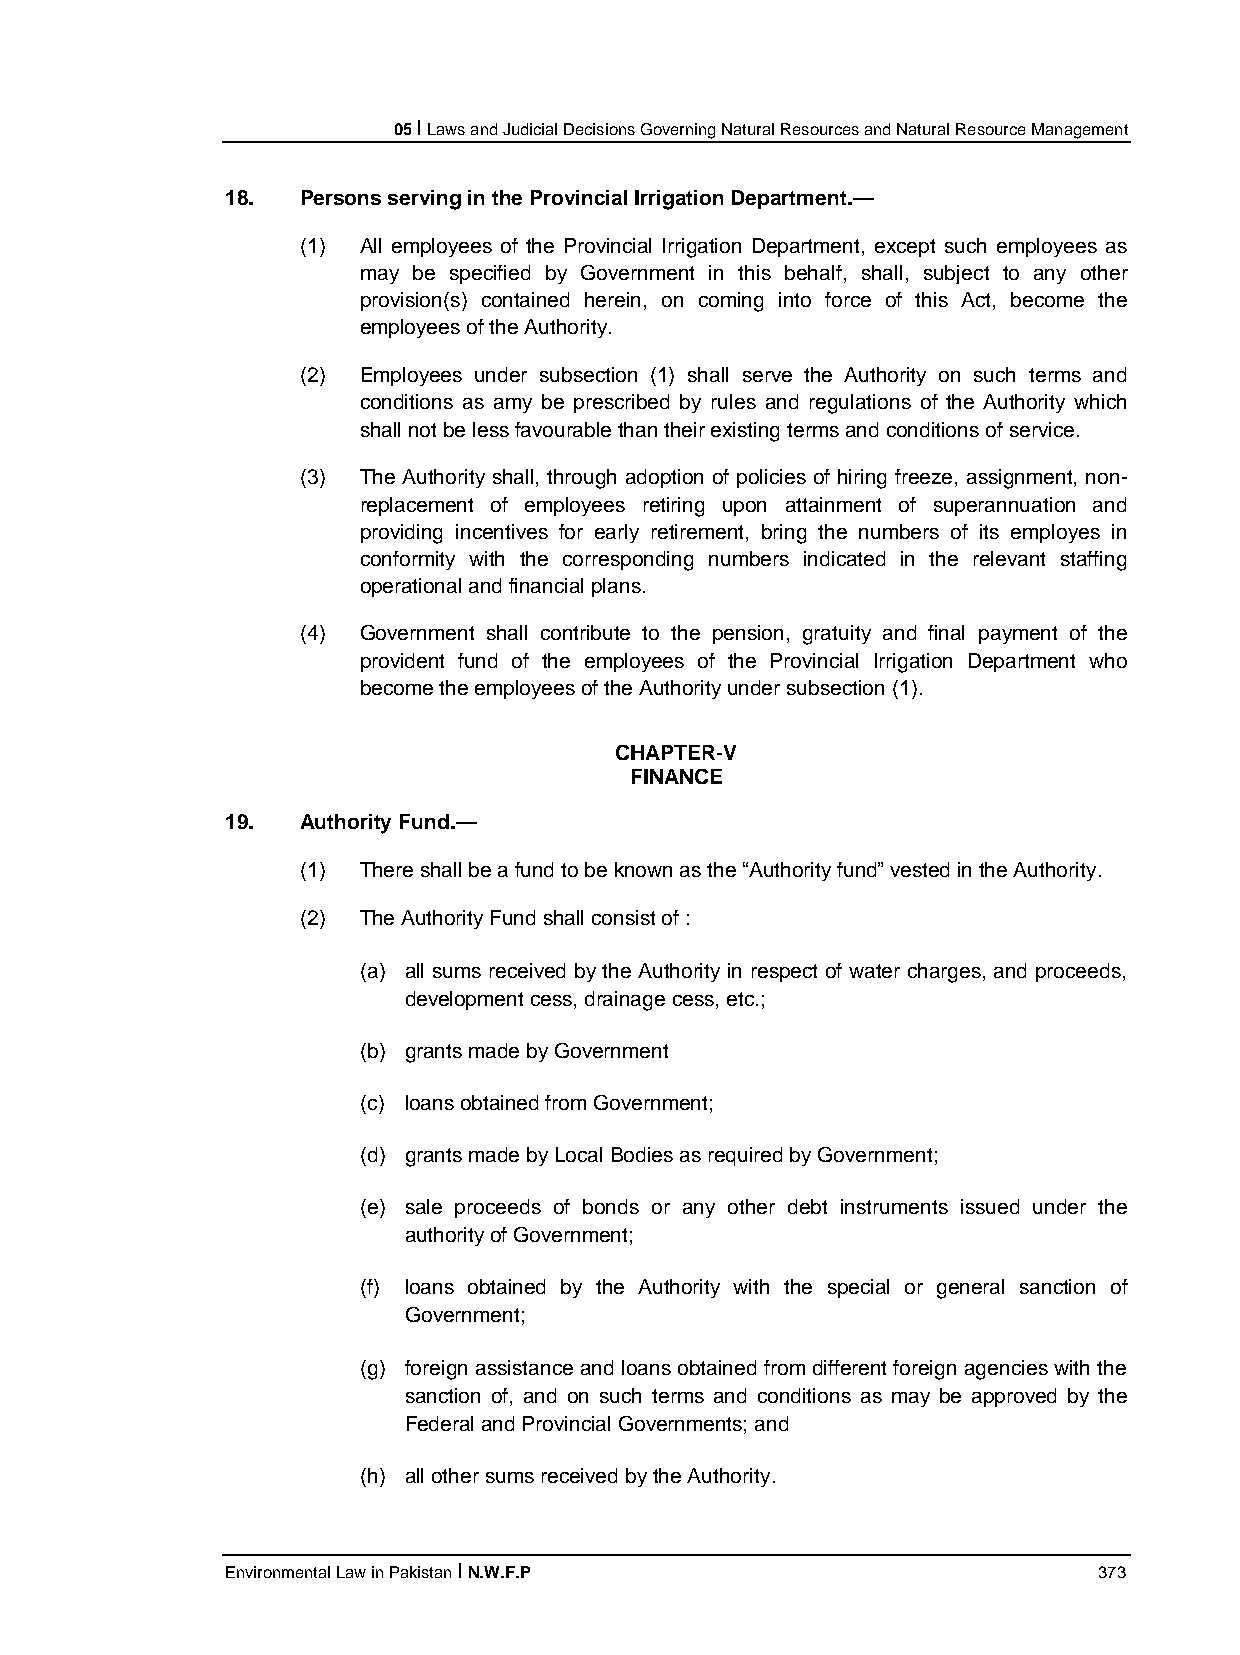
05 I Laws and Judicial Decisions Governing Natural Resources and Natural Resource Management
 18.  Persons serving in the Provincial Irrigation Department.—
 (1) All employees of the Provincial Irrigation Department, except such employees as
 may be specified by Government in this behalf, shall, subject to any other
 provision(s) contained herein, on coming into force of this Act, become the
 employees of the Authority.
 (2) Employees under subsection (1) shall serve the Authority on such terms and
 conditions as amy be prescribed by rules and regulations of the Authority which
 shall not be less favourable than their existing terms and conditions of service.
 (3) The Authority shall, through adoption of policies of hiring freeze, assignment, non-
 replacement of employees retiring upon attainment of superannuation and
 providing incentives for early retirement, bring the numbers of its employes in
 conformity with the corresponding numbers indicated in the relevant staffing
 operational and financial plans.
 (4) Government shall contribute to the pension, gratuity and final payment of the
 provident fund of the employees of the Provincial Irrigation Department who
 become the employees of the Authority under subsection (1).
 CHAPTER-V
 FINANCE
 19.  Authority Fund.—
 (1) There shall be a fund to be known as the “Authority fund” vested in the Authority.
 (2) The Authority Fund shall consist of :
 (a) all sums received by the Authority in respect of water charges, and proceeds,
 development cess, drainage cess, etc.;
 (b) grants made by Government
 (c) loans obtained from Government;
 (d) grants made by Local Bodies as required by Government;
 (e) sale proceeds of bonds or any other debt instruments issued under the
 authority of Government;
 (f) loans obtained by the Authority with the special or general sanction of
 Government;
 (g) foreign assistance and loans obtained from different foreign agencies with the
 sanction of, and on such terms and conditions as may be approved by the
 Federal and Provincial Governments; and
 (h) all other sums received by the Authority.
 Environmental Law in Pakistan I N.W.F.P                   373